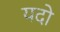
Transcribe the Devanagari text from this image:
यदो